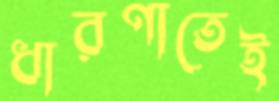
ধারণাতেই